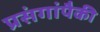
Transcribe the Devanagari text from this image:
प्रसंगांपैकी